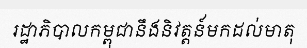
រដ្ឋាភិបាលកម្ពុជានឹងនិវត្តន៍មកដល់មាតុ